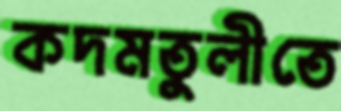
কদমতুলীতে